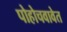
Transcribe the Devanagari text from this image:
पोहोचवावेत